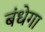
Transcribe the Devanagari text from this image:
बंधेगा